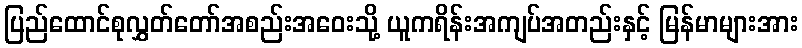
ပြည်ထောင်စုလွှတ်တော်အစည်းအဝေးသို့ ယူကရိန်းအကျပ်အတည်းနှင့် မြန်မာများအား